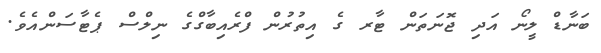
ބަނާޑް ލީނޯ އަދި ޖޮނަތަން ޓާރ ގެ އިތުރުން ފްރެއިބާގްގެ ނިލްސް ޕެޓާސަންއެވެ.